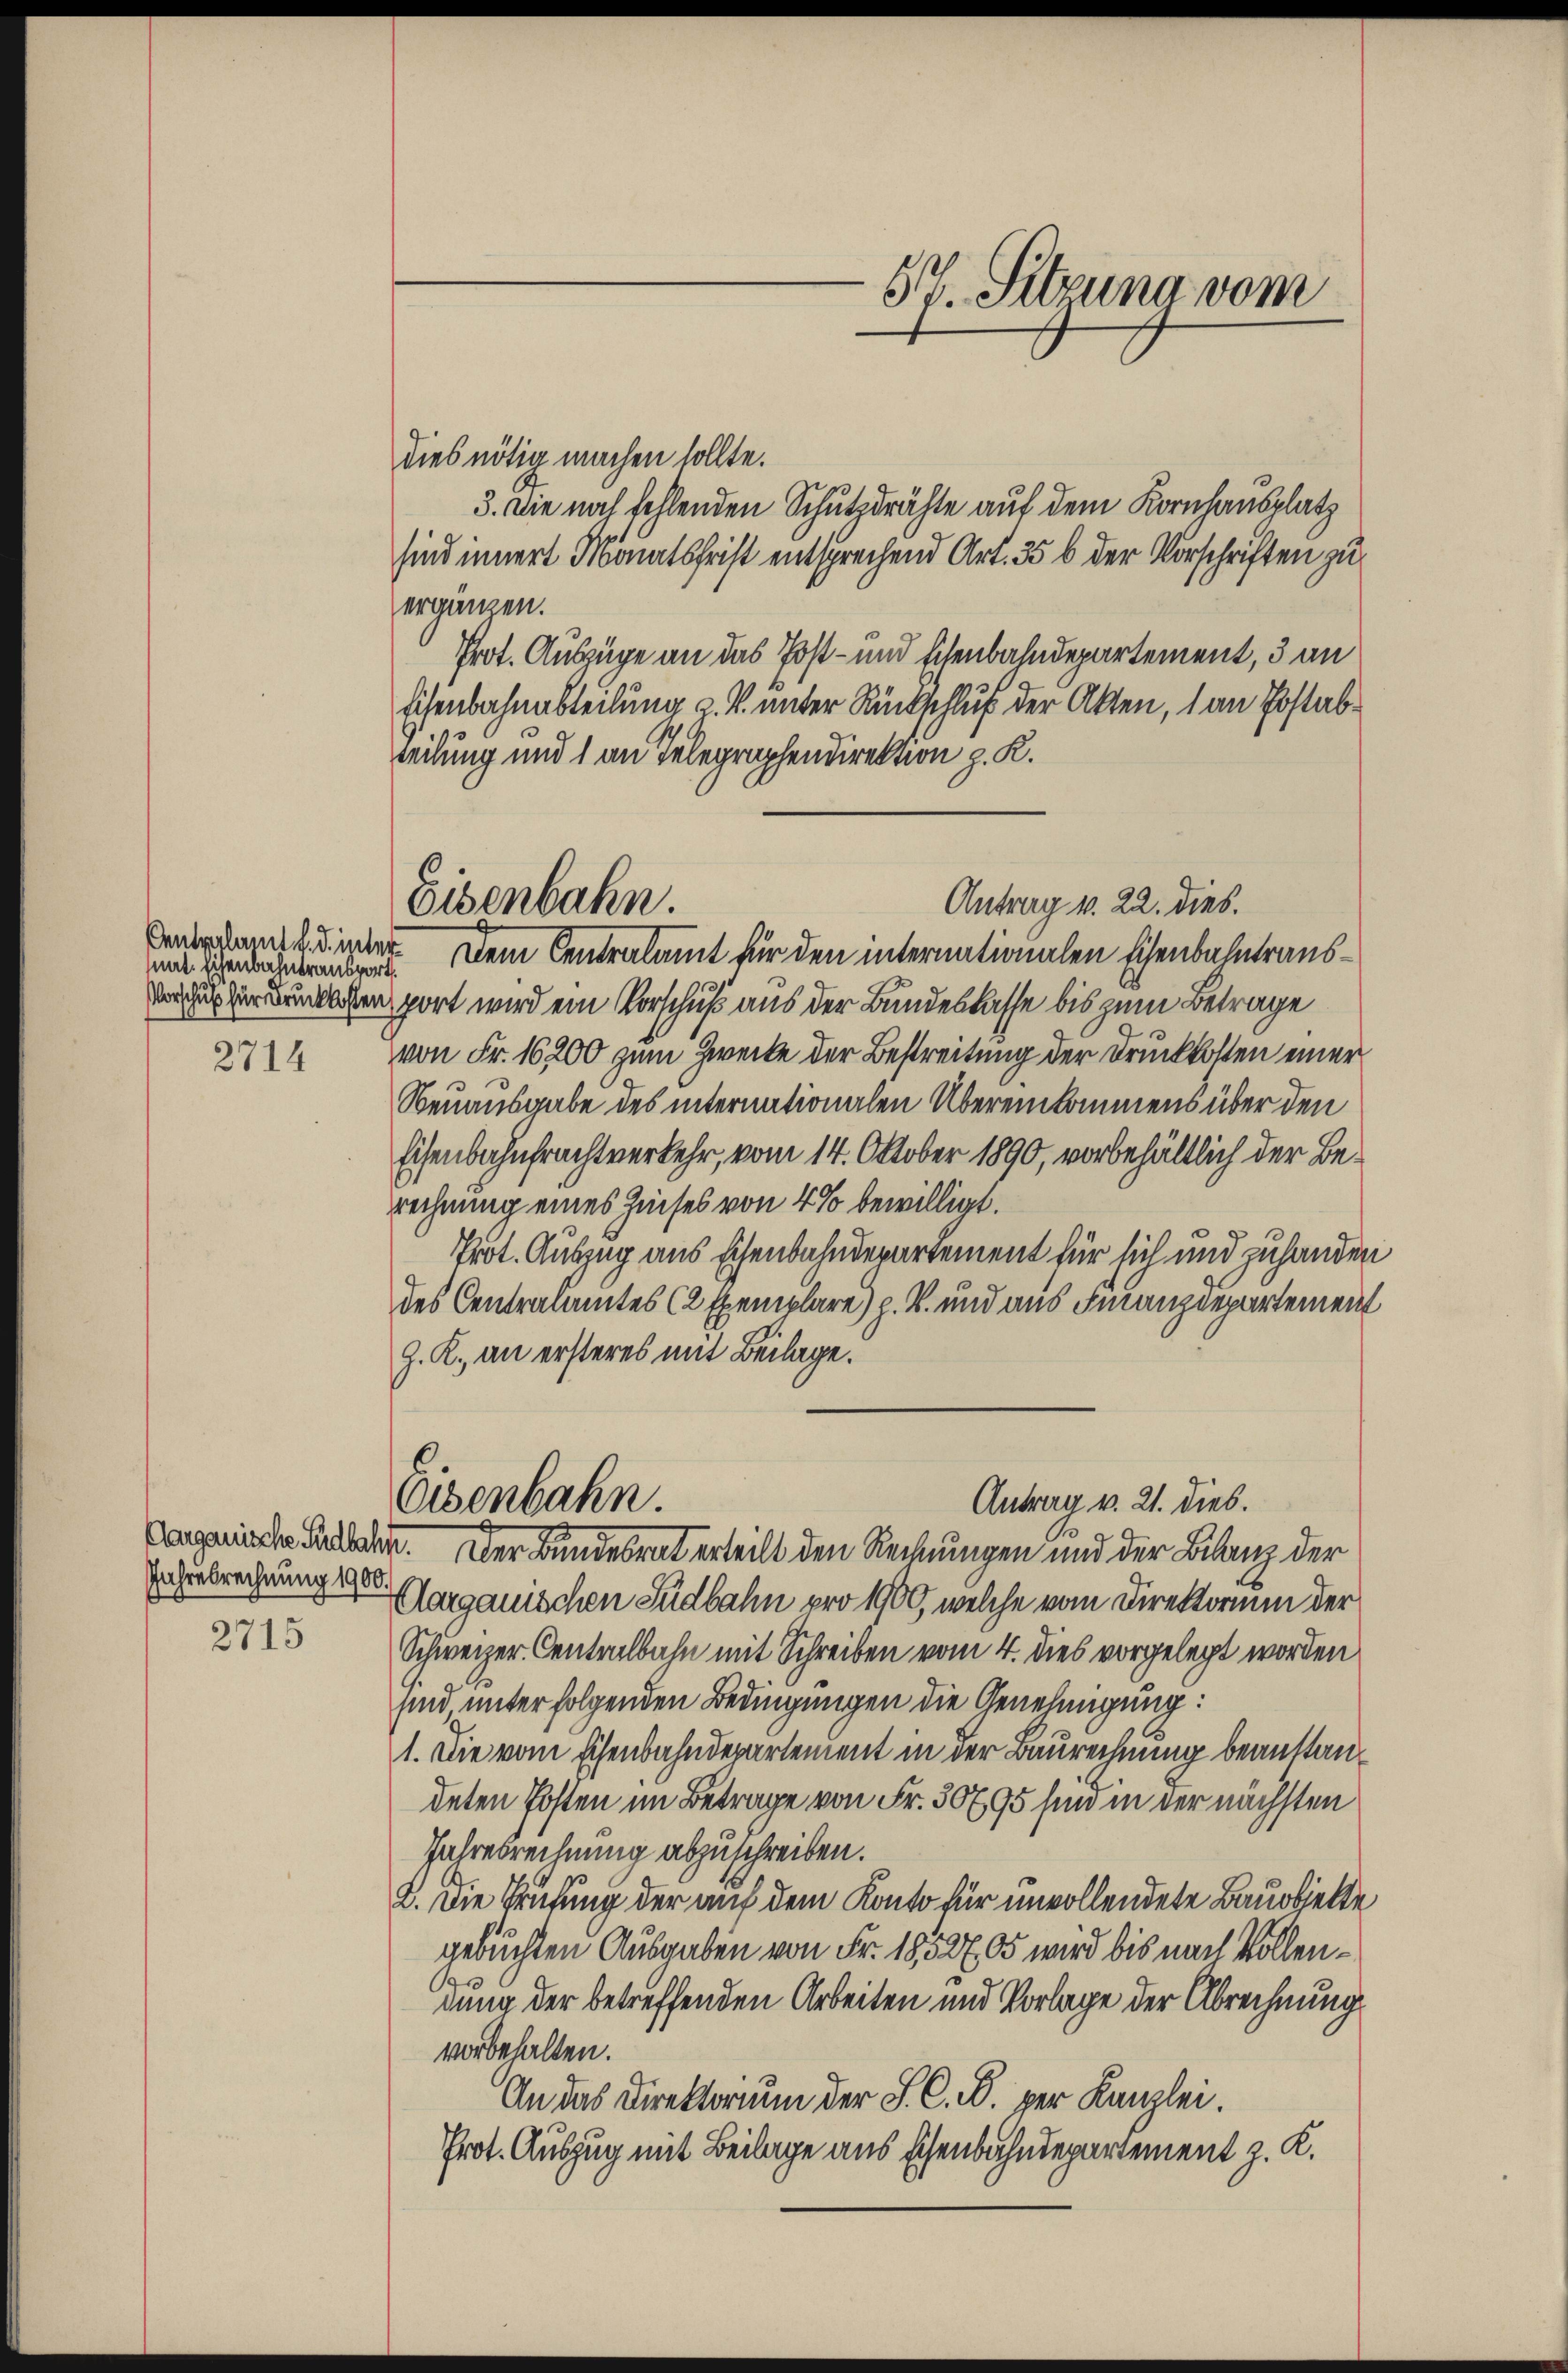
Centralamt d. d. inte
nat. Eichenbahntransport

2714

Jahresrechnung 1900.

2715

57. Sitzung vom

Antrag v. 22. dies.
Eisenbahn.

dies nötig machen sollte.
3. Die noch fehlenden Schutzdrähte auf dem Kornhausplatz
sind innert Monatsfrist entsprechend Art. 35 b der Vorschriften zu
ergänzen.
Prot. Auszüge an das Post- und Eisenbahndepartement, 3 an
Eisenbahnabteilung z. B. unter Rückschluß der Akten, 1 an Postabteilung und 1 an Telegraphendirektion z. K.
t
. Dem Centralamt für den internationalen Eisenbahntraus¬
u in drücklichen port wird ein Vorschuß aus der Bundeslasse bis zum Betrage
von Fr. 16,000 zum Zwecke der Bestreitung der Druckkosten einer
Neuausgabe des internationalen Übereinkommens über den
Eisenbahnfrachtverkehr, vom 14. Oktober 1890, vorbehältlich der Berechnung eines Zinses von 4 % bewilligt.
Prot. Auszug aus Eisenbahndepartement für sich und zuhanden
des Centralamtes (2 Exemplare) z. B. und aus Finanzdepartement
Z. K. an ersteres mit Beilage.
C
Antrag v. 21. dieb.
Osenbahn.
agarin den Felder. Der Bundesrat erteilt den Rechnungen und der Bilanz der
Aargauischen Südbahn pro 1900, welche vom Direktorium der
Schweizer-Centralbahn mit Schreiben vom 4. dies vorgelegt worden
sind, unter folgenden Bedingungen die Genehmigung:
1. Die vom Eisenbahndepartement in der Baurechnung beanstandeten Posten im Betrage von Fr. 30795 sind in der nächsten
Jahresrechnung abzuschreiben.
2. Die Prüfung der auf dem Konto für unvollendete Bauobjekte
gebuchten Ausgaben von Fr. 18527,05 wird bis nach Vollendung der betreffenden Arbeiten und Vorlage der Abrechnung
vorbehalten.
An das Direktorium der S. C. R. per Kanzlei.
Prot. Auszug mit Beilage aus Eisenbahndepartement z. K.